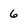
Character: 6